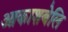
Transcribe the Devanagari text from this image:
आकाशबेलि